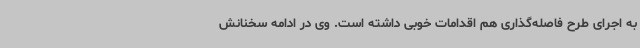
به اجرای طرح فاصله‌گذاری هم اقدامات خوبی داشته است. وی در ادامه سخنانش